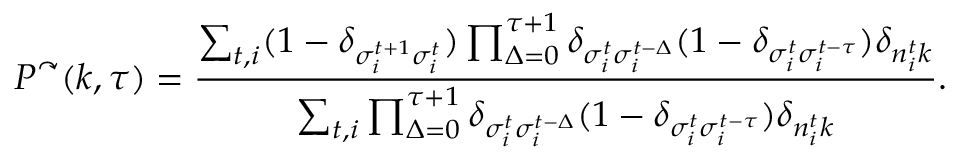
P ^ { \curvearrowright } ( k , \tau ) = \frac { \sum _ { t , i } ( 1 - \delta _ { \sigma _ { i } ^ { t + 1 } \sigma _ { i } ^ { t } } ) \prod _ { \Delta = 0 } ^ { \tau + 1 } \delta _ { \sigma _ { i } ^ { t } \sigma _ { i } ^ { t - \Delta } } ( 1 - \delta _ { \sigma _ { i } ^ { t } \sigma _ { i } ^ { t - \tau } } ) \delta _ { n _ { i } ^ { t } k } } { \sum _ { t , i } \prod _ { \Delta = 0 } ^ { \tau + 1 } \delta _ { \sigma _ { i } ^ { t } \sigma _ { i } ^ { t - \Delta } } ( 1 - \delta _ { \sigma _ { i } ^ { t } \sigma _ { i } ^ { t - \tau } } ) \delta _ { n _ { i } ^ { t } k } } .